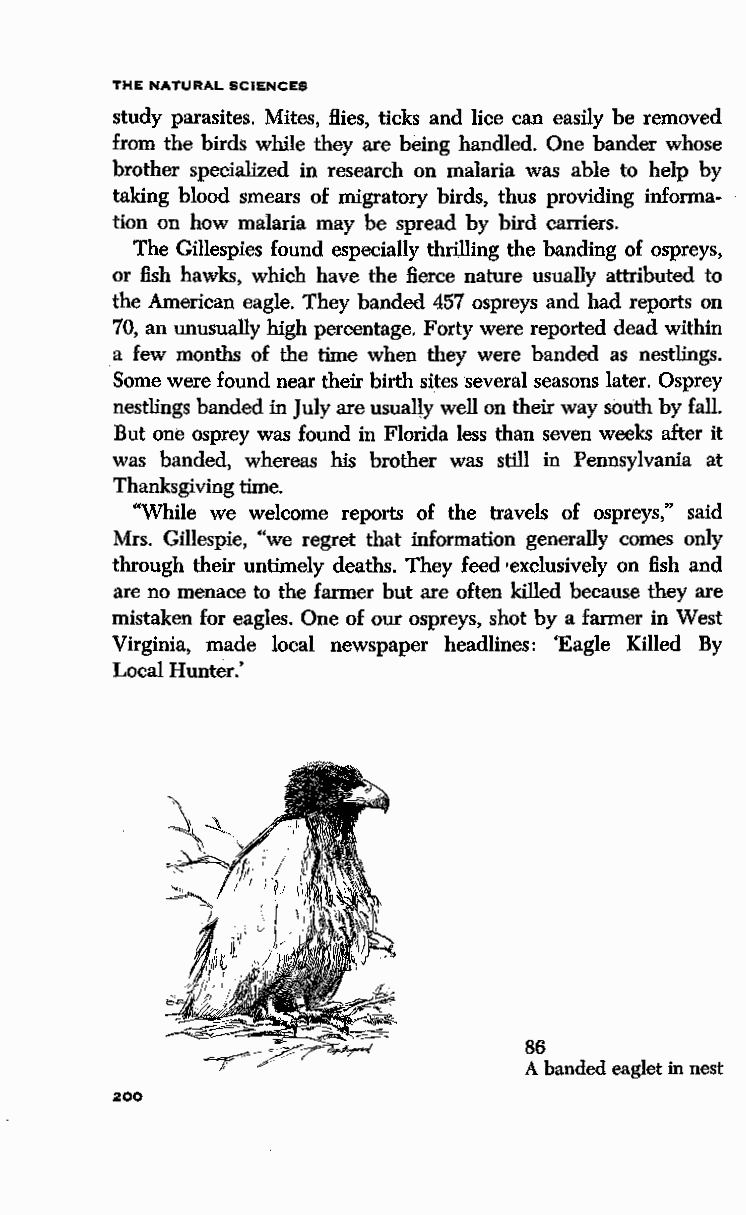
THE NATURAL SCIENCES
 study parasites. Mites, flies, ticks and lice can easily be removed
 from the birds while they are being handled. One bander whose
 brother specialized in research on malaria was able to help by
 taking blood smears of migratory birds, thus providing informa
 tion on how malaria may be spread by bird carriers.
 The Gillespies found especially thrilling the banding of ospreys,
 or fish hawks, which have the fierce nature usually attributed to
 the American eagle. They banded 457 ospreys and had reports on
 70, an unusually high percentage. Forty were reported dead within
 a few months of the time when they were banded as nestlings.
 Some were found near their birth sites several seasons later. Osprey
 nestlings banded in July are usually well on their way south by fall.
 But one osprey was found in Florida less than seven weeks after it
 was banded, whereas his brother was still in Pennsylvania at
 Thanksgiving time.
 "While we welcome reports of the travels of ospreys," said
 Mrs. Gillespie, "we regret that information generally comes only
 through their untimely deaths. They feed ·exclusively on fish and
 are no menace to the farmer but are often killed because they are
 mistaken for eagles. One of our ospreys, shot by a farmer in West
 Virginia, made local newspaper headlines: 'Eagle Killed By
 Local Hunter.'
 86
 A banded eaglet in nest
 200